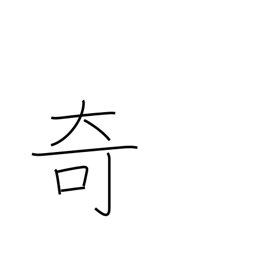
Meaning: curiosity